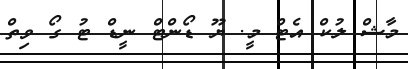
މާޝް ލުކް އެޓް މީ. ޔޫ ޑޯންޓް ނީޑް ޓު ގޯ ވިތް